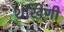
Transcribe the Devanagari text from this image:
शंखिणी